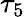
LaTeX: \tau_{5}